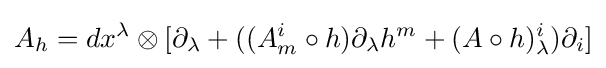
A_{h}=dx^{\lambda }\otimes [\partial _{\lambda }+((A_{m}^{i}\circ h)\partial _{\lambda }h^{m}+(A\circ h)_{\lambda }^{i})\partial _{i}]